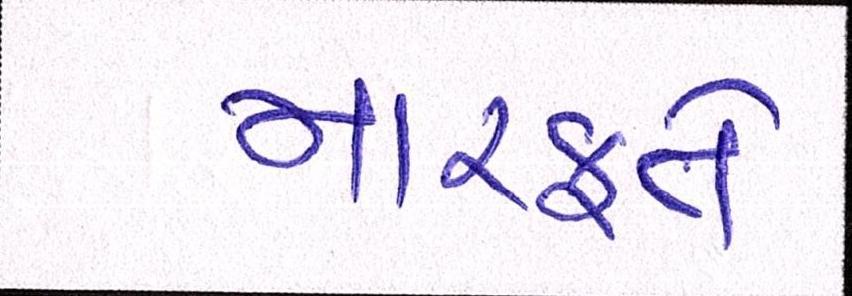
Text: મારફતે